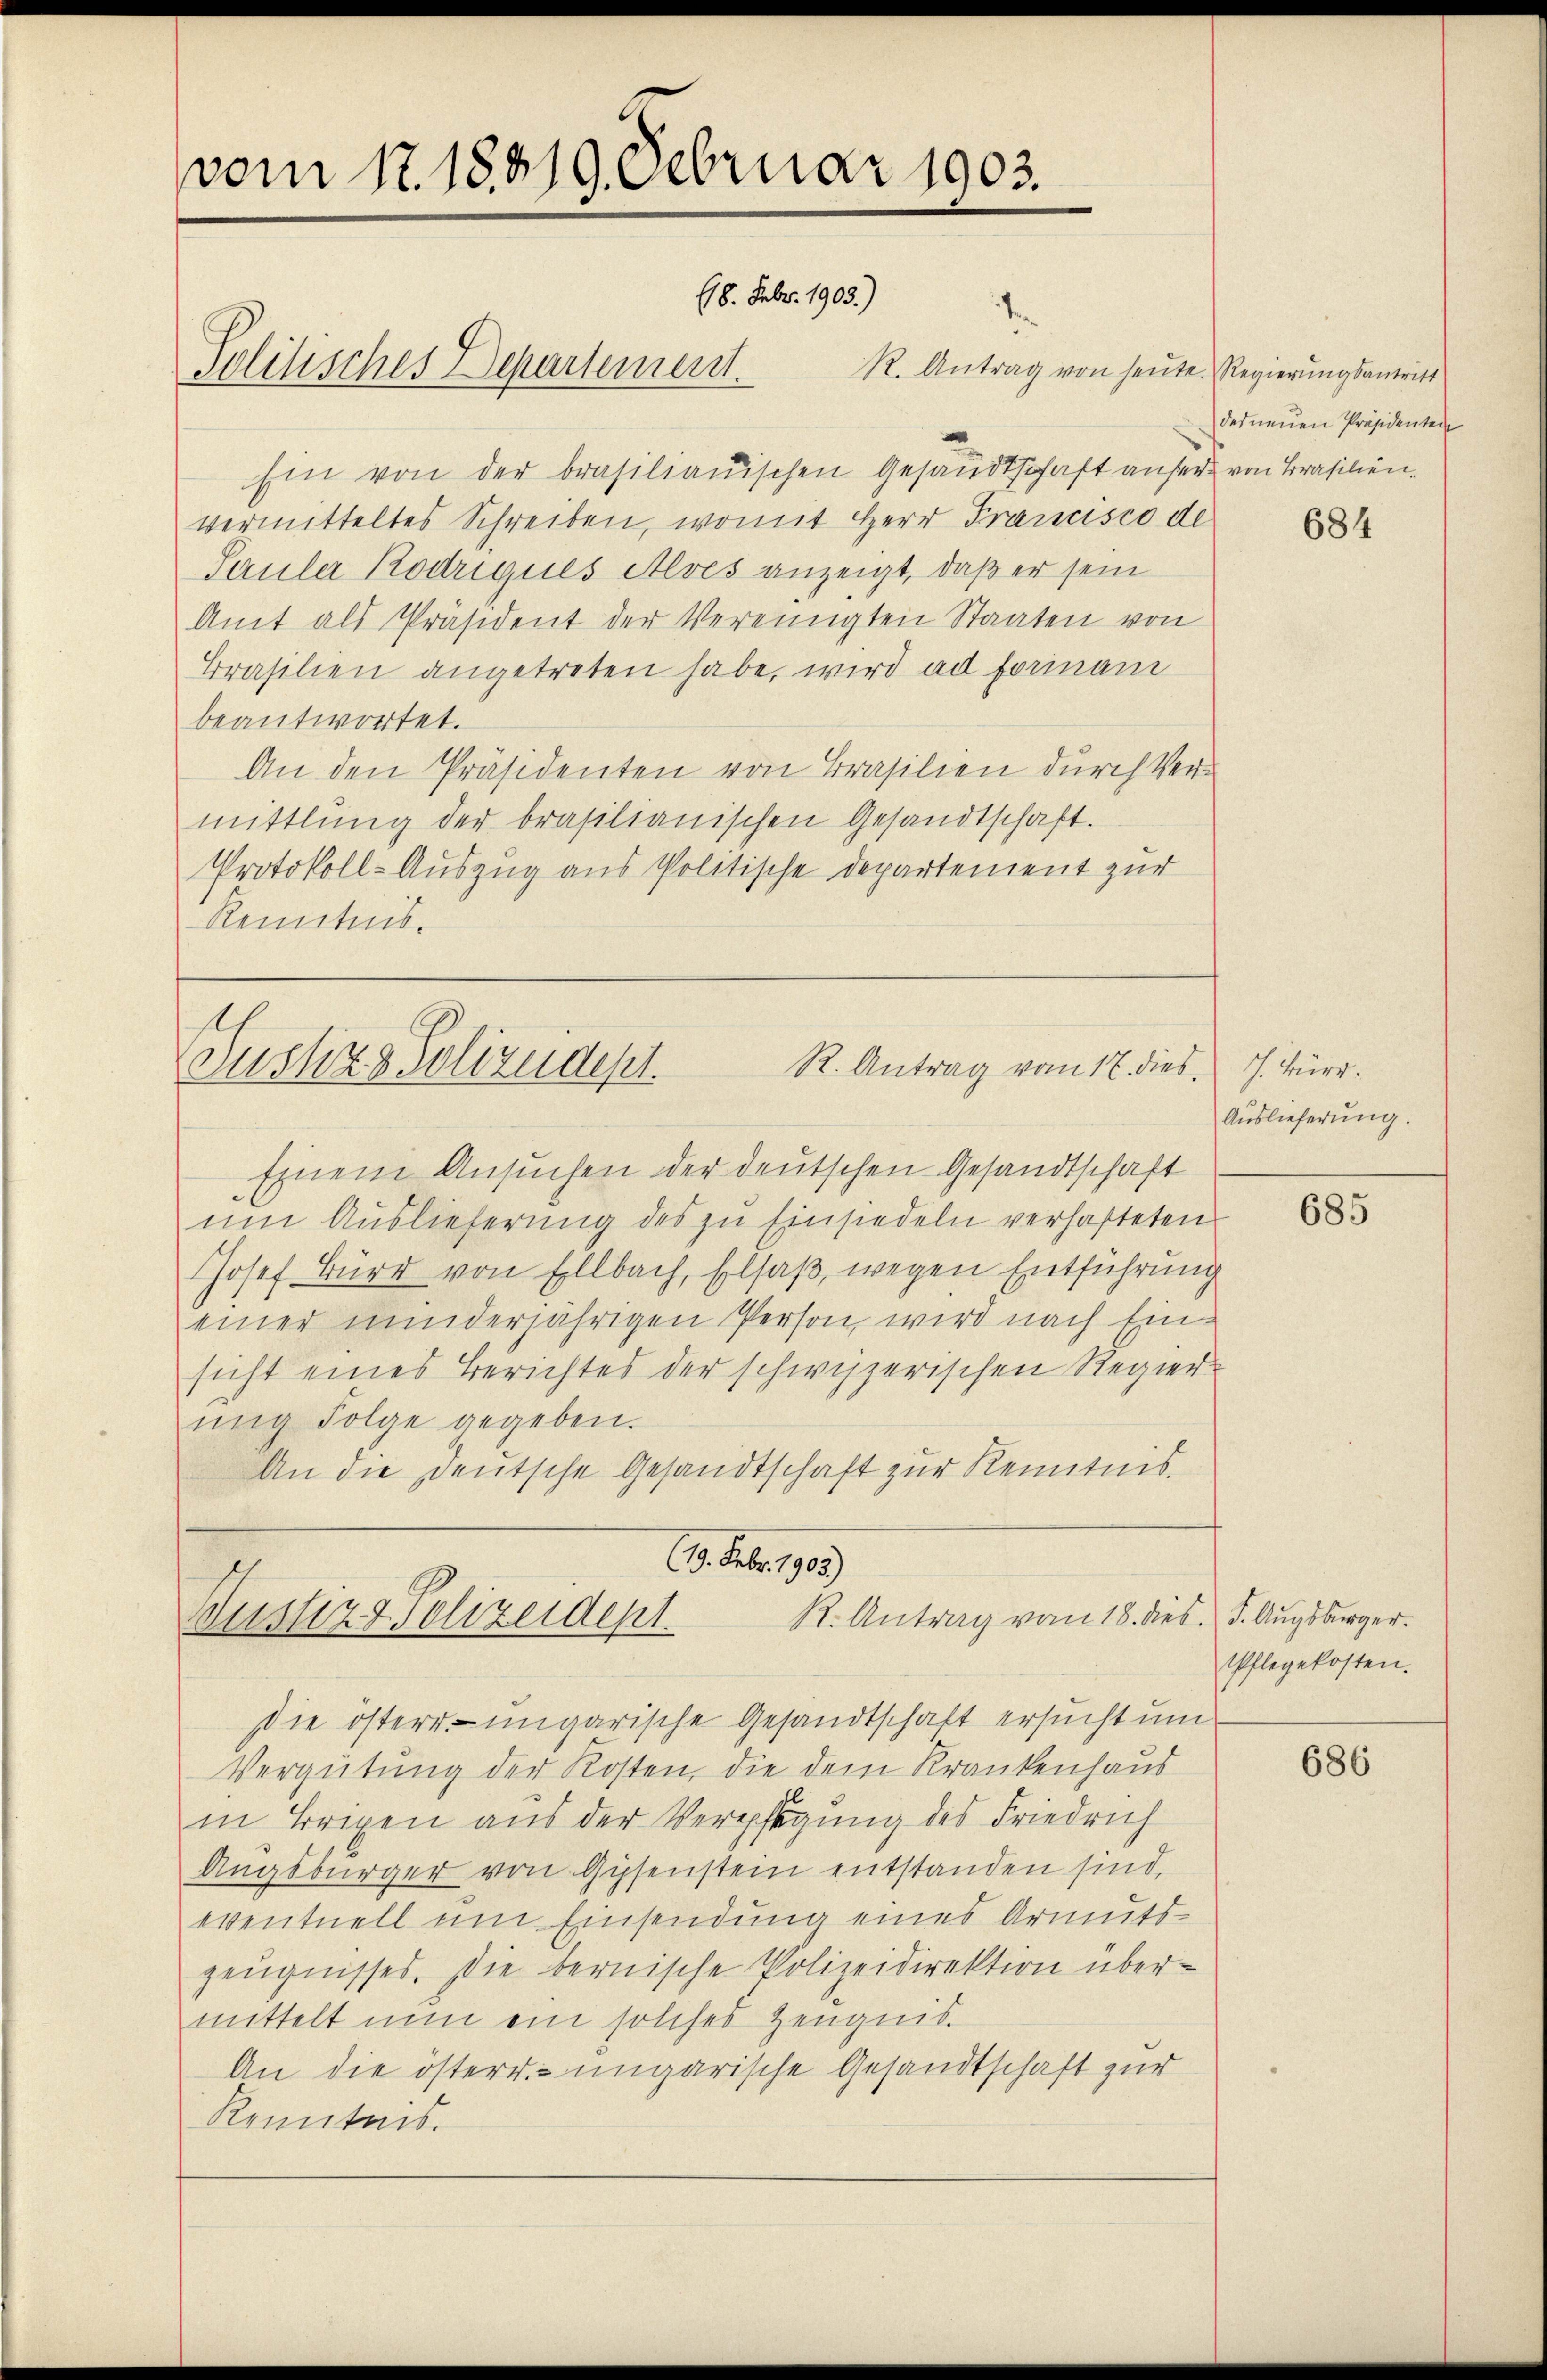
vom 17. 18819. Februar 1903.
18. Febr. 1903.)
den

Politisches Departement.

R. Antrag von heute. Regierungsantritt
Ein von der brasilianischen Gesandtschaft anser von Brasilienvermitteltes Schreiben, womit Herr Prancisco de
Sauler Rodriques Alves anzeigt, daß er sein
Amt als Präsident der Vereinigten Staaten von
Brasilien angetreten habe, wird ad forman
beantwortet.
An den Präsidenten von Brasilien durch Vermittlung der brasilianischen Gesandtschaft.
Protokoll-Auszug aus Politische Departement zur
Kenntnis.

R. Antrag vom 17. dies. J. Bür
Justiz & Polizeidest.

Einem Ansuchen der deutschen Gesandtschaft
um Auslieferung des zu Einsiedeln verhafteten
Josef Bürr von Ellbach, Elsaß, wegen Entführung
einer minderjährigen Person, wird nach Einsicht eines Berichtes der schwyzerischen Regier-
nig Folge gegeben.
An die Deutsche Gesandtschaft zur Kenntnis.
(19. Febr. 1905)
R. Antrag vom 18. dies. S. Augsburger.
Bustiz & Polizeidept.

Die österr. – ungarische Gesandtschaft ersucht und
Vergütung der Kosten, die dem Krankenhaus
in Brixen aus der Verpflegung des Friedrich
Angebürger von Gysenstein entstanden sind.
eventuell um Einsendung eines Armutszeŭgnisses. Die bernische Polizeidirektion über-
mittelt nun ein solches Zeugnis.
An die österr. ungarische Gesandtschaft zur
Renntnis.

das neuen Präsidenten

684

Auslieferung.

685

Pflegekosten.

686